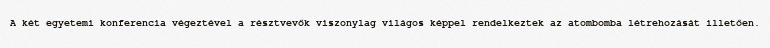
A két egyetemi konferencia végeztével a résztvevők viszonylag világos képpel rendelkeztek az atombomba létrehozását illetően.